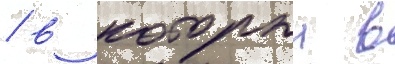
/ в которыи в